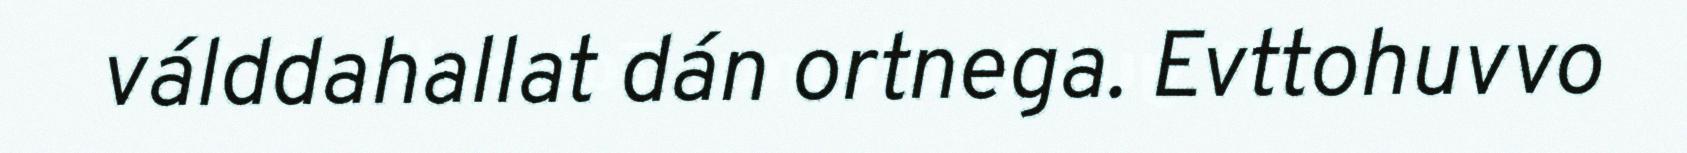
válddahallat dán ortnega. Evttohuvvo